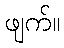
ဖျက်။